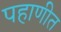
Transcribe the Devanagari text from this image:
पहाणीत